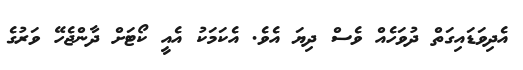
އެދިވަޑައިގަތް ދުވަހެއް ވެސް ދިޔަ އެވެ. އެކަމަކު އެއީ ކޯޓަށް ދާންޖެހޭ ވަރުގެ